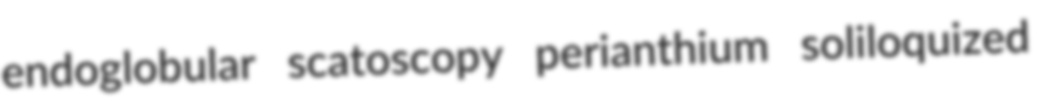
endoglobular scatoscopy perianthium soliloquized